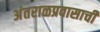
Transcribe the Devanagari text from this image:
अंतराळप्रवासाची